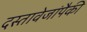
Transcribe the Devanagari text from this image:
दस्तावेजांपैकी